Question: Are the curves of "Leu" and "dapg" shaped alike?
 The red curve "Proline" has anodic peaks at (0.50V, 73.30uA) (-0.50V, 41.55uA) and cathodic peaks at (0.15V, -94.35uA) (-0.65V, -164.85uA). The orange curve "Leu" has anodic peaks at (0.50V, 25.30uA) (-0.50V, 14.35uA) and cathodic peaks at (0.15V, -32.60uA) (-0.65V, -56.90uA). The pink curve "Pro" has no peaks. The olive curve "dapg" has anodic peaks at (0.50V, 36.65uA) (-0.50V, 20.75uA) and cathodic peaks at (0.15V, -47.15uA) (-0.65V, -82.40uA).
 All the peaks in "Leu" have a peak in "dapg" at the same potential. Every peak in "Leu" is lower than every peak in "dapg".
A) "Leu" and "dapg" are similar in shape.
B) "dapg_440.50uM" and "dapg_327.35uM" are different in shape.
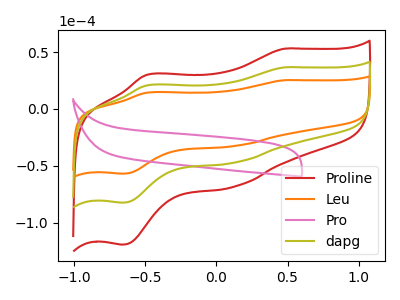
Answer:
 <answer>A) "Leu" and "dapg" are similar in shape.</answer>
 <eval>A</eval>